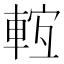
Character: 𨌊